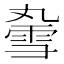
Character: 𫕣